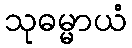
သုဓမ္မာယံ